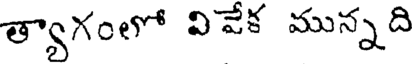
త్యాగంలో వివేక మున్నది